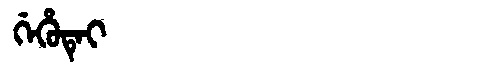
Manchu: ᡤᡝᡥᡠᡨᡝᡳ
Romanization: GEHUTEI